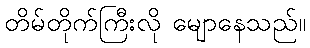
တိမ်တိုက်ကြီးလို မျောနေသည်။